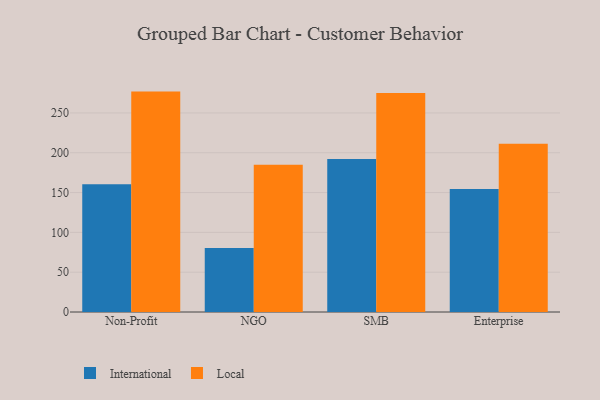
{"axis": {"x": "Segment", "y": "Tickets Resolved"}, "legend": ["International", "Local"], "data": [{"x": "Non-Profit", "y": 160.3, "type": "International"}, {"x": "Non-Profit", "y": 276.8, "type": "Local"}, {"x": "NGO", "y": 80.3, "type": "International"}, {"x": "NGO", "y": 184.8, "type": "Local"}, {"x": "SMB", "y": 192.2, "type": "International"}, {"x": "SMB", "y": 275.0, "type": "Local"}, {"x": "Enterprise", "y": 154.4, "type": "International"}, {"x": "Enterprise", "y": 211.4, "type": "Local"}]}